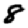
Digit: 8